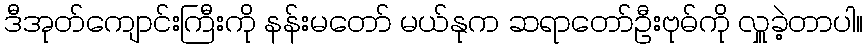
ဒီအုတ်ကျောင်းကြီးကို နန်းမတော် မယ်နုက ဆရာတော်ဦးဗုဓ်ကို လှူခဲ့တာပါ။